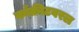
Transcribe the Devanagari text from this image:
काँक्रीटवरल